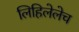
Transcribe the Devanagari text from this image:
लिहिलेलेच